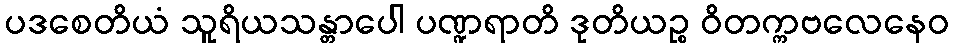
ပဒစေတိယံ သူရိယသန္တာပေါ ပဏ္ဍရာတိ ဒုတိယဉ္စ ဝိတက္ကဗလေနေဝ